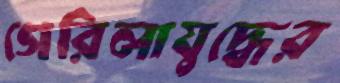
গেরিলাযুদ্ধের